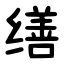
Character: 缮